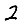
Digit: 2